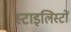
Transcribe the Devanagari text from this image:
स्टाइलिस्टों